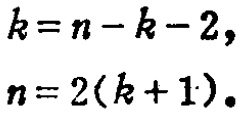
\[

\begin{align*}

k&=n - k - 2,\\

n&=2(k + 1).

\end{align*}

\]